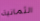
الثمانية